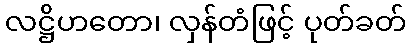
လဋ္ဌိဟတော၊ လှန်တံဖြင့် ပုတ်ခတ်